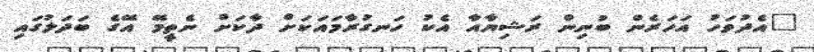
"އެދުވަހު އަހަރެން ބުނިން ރަޝިޔާއާ އެކު ހަނގުރާމައަކަށް ދާކަށް ނެތީމޭ އޭގެ ބަދަލުގައި